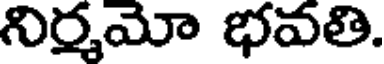
నిర్మమో భవతి.